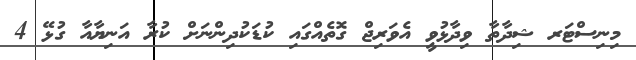
މިނިސްޓަރ ޝިދާތާ ވިދާޅުވީ އެވަރިޖް ގޮތެއްގައި ކުޑަކުދިންނަށް ކުރާ އަނިޔާއާ ގުޅޭ 4